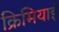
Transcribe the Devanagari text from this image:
क्रिमियाई